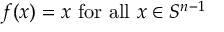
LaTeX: f ( x ) = x { \mathrm { ~ f o r ~ a l l ~ } } x \in S ^ { n - 1 }